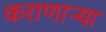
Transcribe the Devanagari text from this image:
कराणाऱ्या